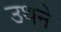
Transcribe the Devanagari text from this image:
उथने